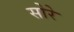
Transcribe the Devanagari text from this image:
सोरे